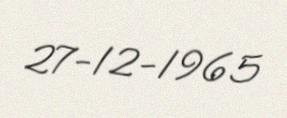
27-12-1965